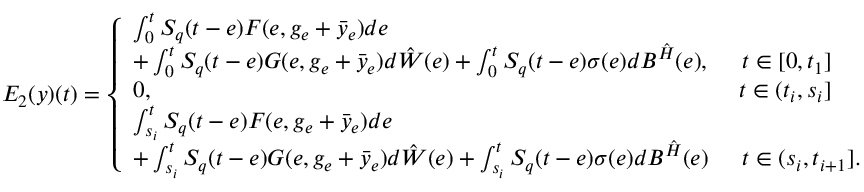
{ \cal E } _ { 2 } ( y ) ( t ) = \left\{ \begin{array} { l l } { \int _ { 0 } ^ { t } { \cal S } _ { q } ( t - e ) { \cal F } ( e , g _ { e } + \bar { y } _ { e } ) d e } \\ { + \int _ { 0 } ^ { t } { \cal S } _ { q } ( t - e ) { \cal G } ( e , g _ { e } + \bar { y } _ { e } ) d \hat { \cal W } ( e ) + \int _ { 0 } ^ { t } { \cal S } _ { q } ( t - e ) \sigma ( e ) d { \cal B } ^ { \hat { \cal H } } ( e ) , } & { \mathrm \; \, t \in [ 0 , t _ { 1 } ] } \\ { 0 , } & { \mathrm \ t \in ( t _ { i } , s _ { i } ] } \\ { \int _ { s _ { i } } ^ { t } { \cal S } _ { q } ( t - e ) { \cal F } ( e , g _ { e } + \bar { y } _ { e } ) d e } \\ { + \int _ { s _ { i } } ^ { t } { \cal S } _ { q } ( t - e ) { \cal G } ( e , g _ { e } + \bar { y } _ { e } ) d \hat { \cal W } ( e ) + \int _ { s _ { i } } ^ { t } { \cal S } _ { q } ( t - e ) \sigma ( e ) d { \cal B } ^ { \hat { \cal H } } ( e ) } & { \mathrm \; \, t \in ( s _ { i } , t _ { i + 1 } ] . } \end{array} \right.